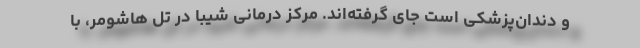
و دندان‌پزشکی است جای گرفته‌اند. مرکز درمانی شیبا در تل هاشومر، با